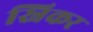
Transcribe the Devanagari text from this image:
स्निकर